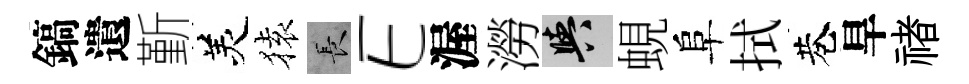
鎬遺斳羙𫞤长E渥澇阳蜆阜拭巷旱禇